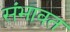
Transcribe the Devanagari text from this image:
संभावत